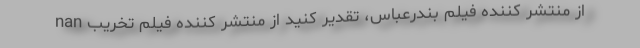
nan از منتشر کننده فیلم بندرعباس، تقدیر کنید از منتشر کننده فیلم تخریب